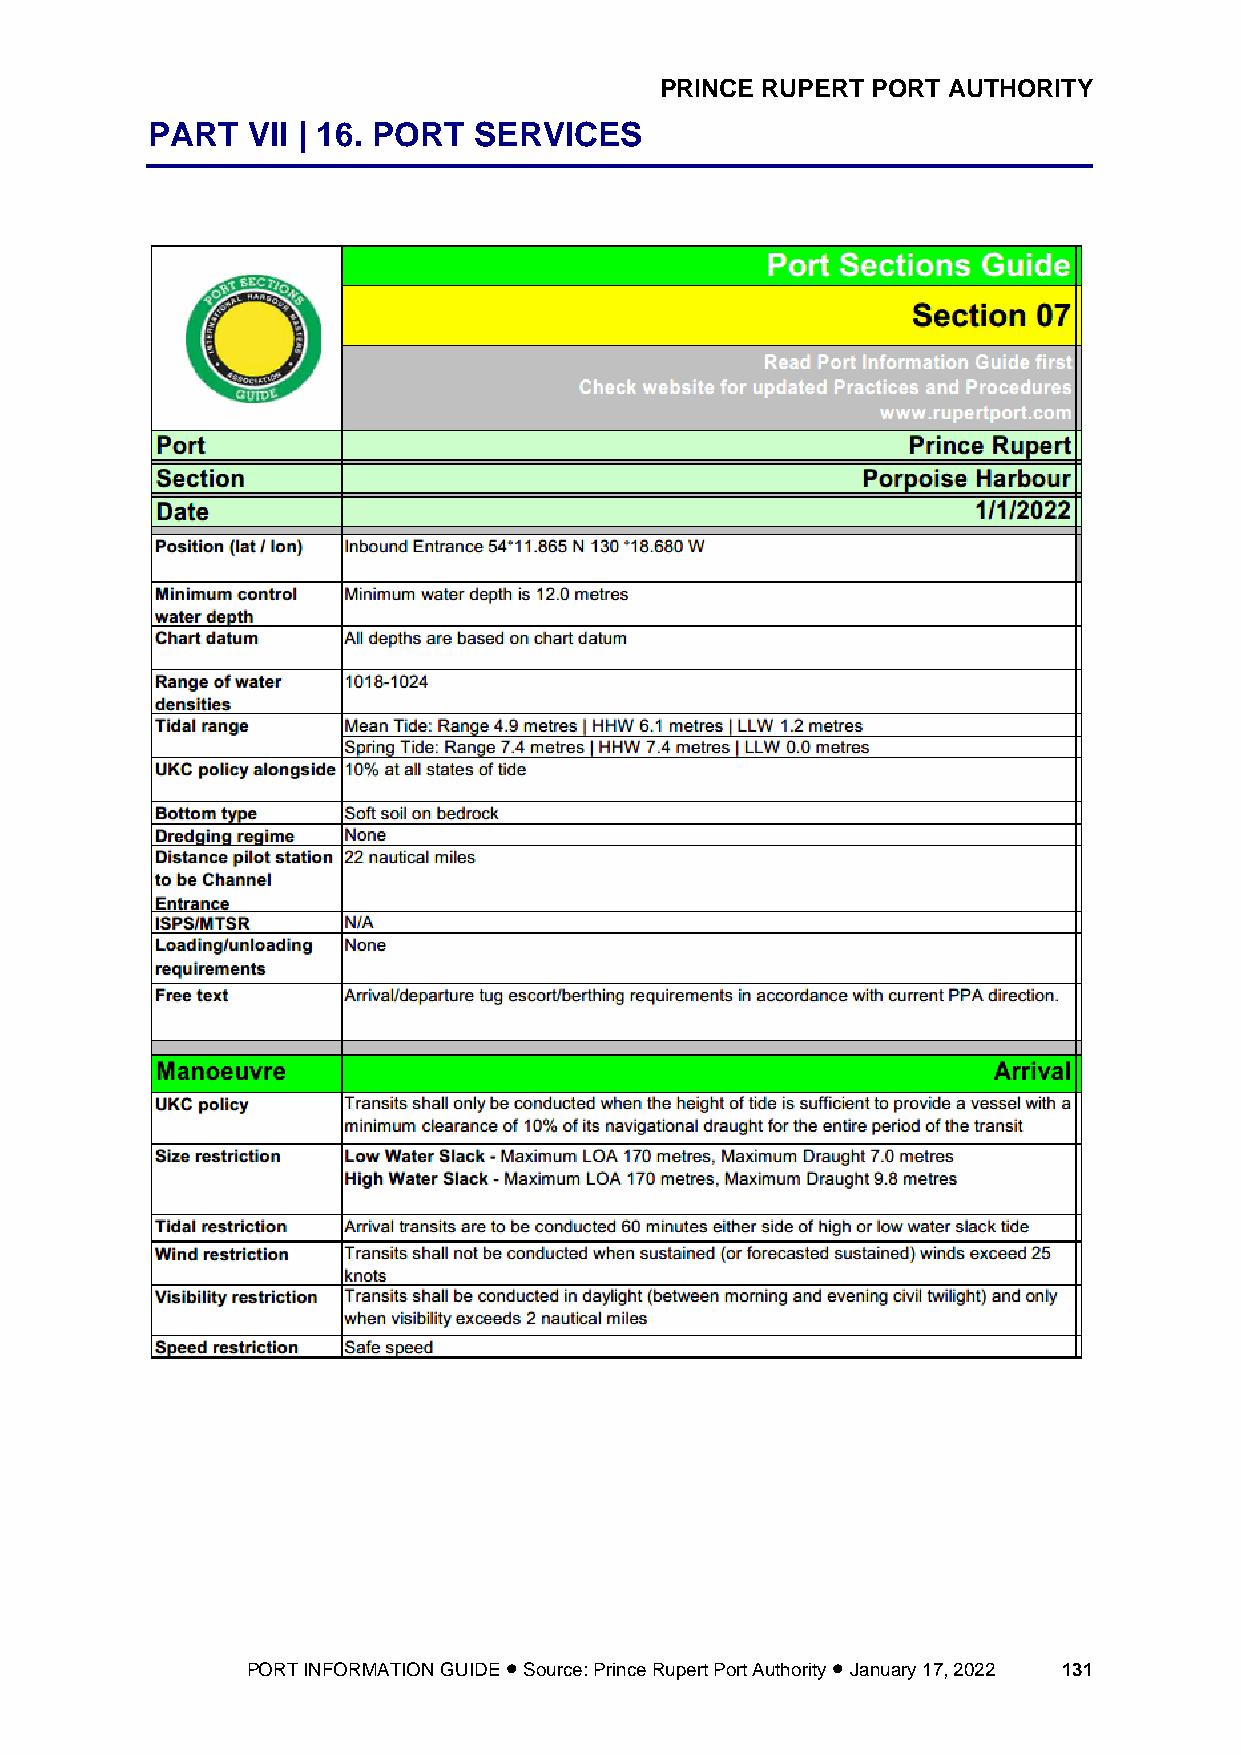
PRINCE RUPERT PORT AUTHORITY
 PART  VII | 16. PORT SERVICES
 PORT INFORMATION GUIDE • Source: Prince Rupert Port Authority • January 17, 2022 131